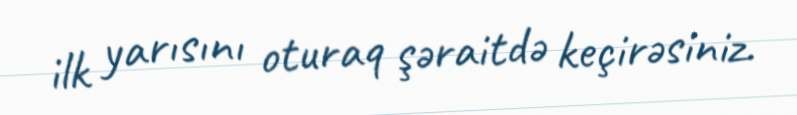
ilk yarısını oturaq şəraitdə keçirəsiniz.